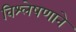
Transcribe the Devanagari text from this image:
विश्लेषणाने